Insane asylums Bombay 1873-77 - 1873-1877
Year: 1873
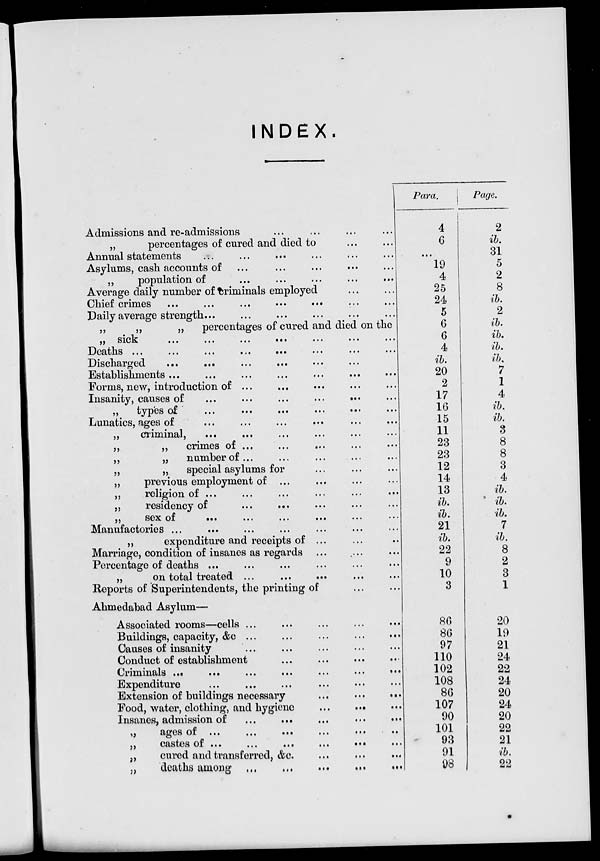
INDEX.
Admissions and re-admissions ... ... ... ...
„
percentages of cured and died to ... ...
Annual statements
... ... ... ... ... ...
Asylums, cash accounts of ... ... ... ... ... ...
„
population of ... ... ... ... ... ...
Average daily number of criminals employed ... ...
Chief crimes
...
...
...
...
...
Daily average strength ... ... ... ... ... ..
„
„
„
percentages of cured and died on the
„ sick ... ... ... ... ... ... ...
Deaths ...
...
...
...
...
...
Discharged ... ... ... ... ... ... ...
Establishments ... ... ... ... ... ...
Forms, new, introduction of ... ... ... ... ... ... ... ...
Insanity, causes of
...
...
...
... ... ...
„
types of ...
...
...
...
...
...
Lunatics, ages of ... ... ... ... ... ...
„
criminal,
...
...
...
...
...
...
„
„
crimes of ...
... ... ... ... ...
„
„
number of... ... ... ... ... ...
„
„
special asylums for ... ... ... ...
„
previous employment of ... ... ... ...
„
religion of ... ... ... ... ... ...
„
residency of
... ... ... ... ... ...
„
sex of ... ... ... ... ... ...
Manufactories ... ... ... ... ... ...
„
expenditure and receipts of ... ... ... ...
Marriage, condition of insanes as regards ... ... ... ...
Percentage of deaths ... ... ... ... ... ...
„
on total treated ...
... ... .... ...
Reports of Superintendents, the printing of ... ...
Ahmedabad Asylum—
Associated rooms—cells ... ... ... ... ...
Buildings, capacity, &c ... ... ... ... ... ...
Causes of insanity ... ... ... ... ... ...
Conduct of establishment ... ... ... ...
Criminals
...
...
...
...
...
...
Expenditure ... ... ... ... ... ...
Extension of buildings necessary
...
...
...
Food, water, clothing, and hygiene
... ... ...
Insanes, admission of
...
...
...
...
...
„
ages of ...
...
...
...
...
...
„
castes of ...
...
...
...
...
„
cured and transferred, &c. ... ... ... ...
„
deaths among ... ... ... ... ... ... ...
Para.
4
6
...
19
4
25
24
5
6
6
4
ib.
20
2
17
16
15
11
23
23
12
14
13
ib.
ib.
21
ib.
22
9
10
3
86
86
97
110
102
108
86
107
90
101
93
91
98
Page.
2
ib.
31
5
2
8
ib.
2
ib.
ib.
ib.
ib.
7
1
4
ib.
ib.
3
8
8
3
4
ib.
ib.
ib.
7
ib.
8
2
3
1
20
19
21
24
22
24
20
24
20
22
21
ib.
22